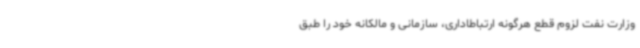
وزارت نفت لزوم قطع هرگونه ارتباطاداری، سازمانی و مالکانه خود را طبق